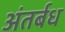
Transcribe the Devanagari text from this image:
अंतर्बध